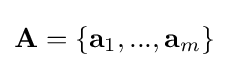
\mathbf {A} =\lbrace \mathbf {a} _{1},...,\mathbf {a} _{m}\rbrace